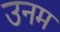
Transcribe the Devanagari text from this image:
उनम